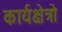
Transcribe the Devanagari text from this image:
कार्यक्षेत्रो